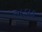
અડાડ